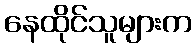
နေထိုင်သူများက